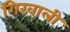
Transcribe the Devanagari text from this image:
गिरवाली